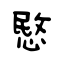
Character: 愍